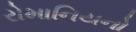
રોમાનિયનો